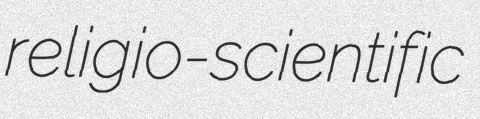
religio-scientific